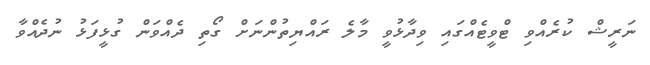
ނަރީޝް ކުރެއްވި ޓްވީޓެއްގައި ވިދާޅުވީ މާލެ ރައްޔިތުންނަށް ގޯތި ދެއްވަން ގުޅީފަޅު ނުދެއްވާ